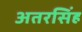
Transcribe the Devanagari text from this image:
अतरसिंह